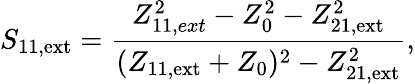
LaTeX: S_{\mathrm{11,ext}}=\frac{Z_{11,ext}^{2}-Z_{0}^{2}-Z_{\mathrm{21,ext}}^{2}}{(Z_{\mathrm{11,ext}}+Z_{0})^{2}-Z_{\mathrm{21,ext}}^{2}},